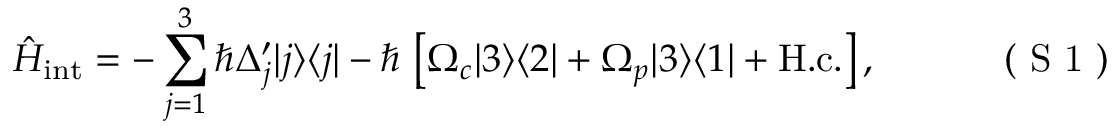
\hat { \cal H } _ { \mathrm { i n t } } = - \sum _ { j = 1 } ^ { 3 } \hbar \Delta _ { j } ^ { \prime } | j \rangle \langle j | - \hbar \, \left[ \Omega _ { c } | 3 \rangle \langle 2 | + \Omega _ { p } | 3 \rangle \langle 1 | + \mathrm { H . c . } \right] , \eqno { ( \textrm { S 1 } ) }